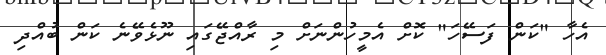
އެހާ "ކަން ފަސޭހަ" ކޮށް އެމީހުންނަށް މި ރާއްޖޭގައި ނޫޅެވޭނެ ކަން ބުއްދި